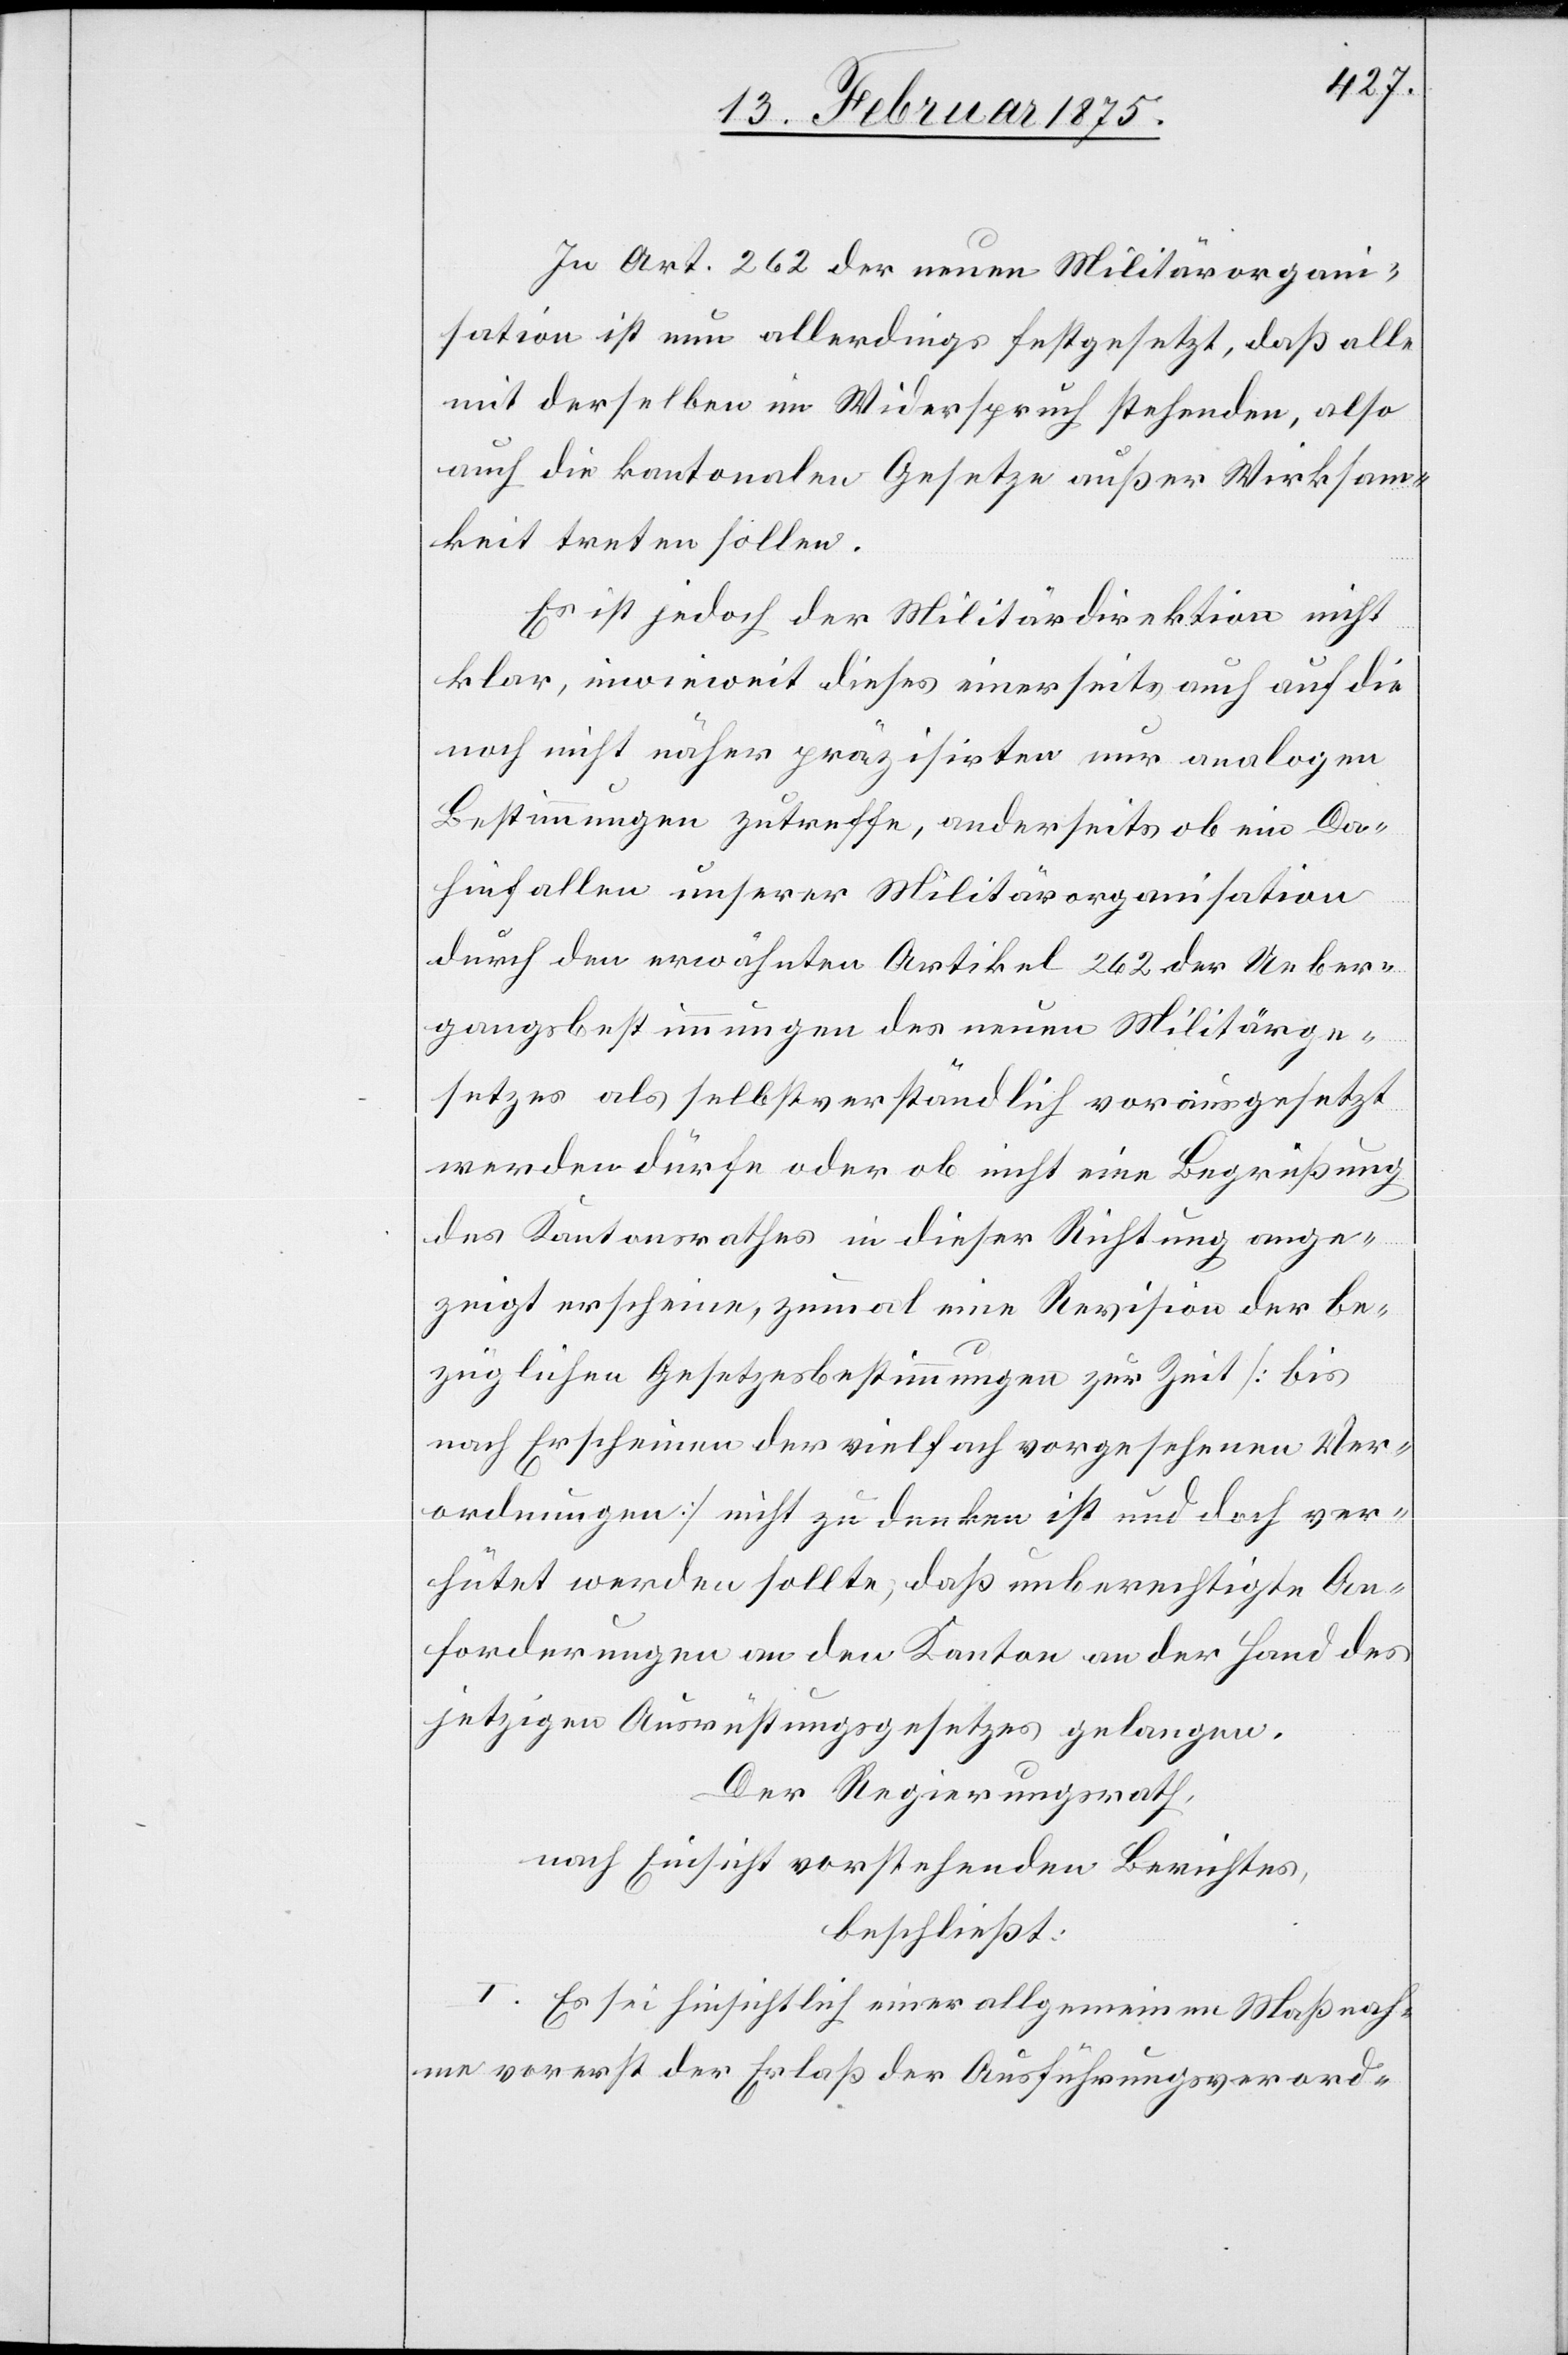
In Art. 262 der neuen Militärorgan¬
isation ist nun allerdings festgesetzt, daß alle
mit derselben im Widerspruch stehenden, also
auch die kantonalen Gesetze außer Wirksam¬
keit treten sollen.
Es ist jedoch der Militärdirektion nicht
klar, inwieweit diese einerseits auch auf die
noch nicht näher präzisirten nur analogen
Bestimmungen zutreffe, anderseits ob ein Da¬
hinfallen unserer Militärorganisation
durch den erwähnten Artikel 262 der Ueber¬
gangsbestimmungen des neuen Militärge¬
setzes als selbstverständlich vorausgesetzt
werden dürfe oder ob nicht eine Begrüßung
des Kantonsrathes in dieser Richtung ange¬
zeigt erscheine, zumal an eine Revision der be¬
züglichen Gesetzesbestimmungen zur Zeit (bis
nach Erscheinen der vielfach vorgesehenen Ver¬
ordnungen) nicht zu denken ist und doch ver¬
hütet werden solle, daß unberechtigte An¬
forderungen an den Kanton an der Hand des
jetzigen Ausrüstungsgesetzes gelangen.
Der Regierungsrath,
nach Einsicht vorstehenden Berichtes,
beschließt:
I. Es sei hinsichtlich einer allgemeinen Maßnah¬
me vorerst der Erlaß der Ausführungsverord-